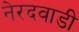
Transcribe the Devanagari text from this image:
नेरदवाडी